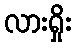
လားရှိုး